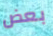
بعض